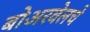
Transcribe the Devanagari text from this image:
बोअरवेलचे